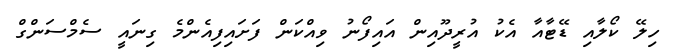
ހިލޭ ކޯލާއި ޑޭޓާއާ އެކު އުރީދޫއިން އައިފޯނު ވިއްކަން ފަށައިފިއެންމެ ގިނައީ ސެމްސަންގް